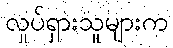
လှုပ်ရှားသူများက